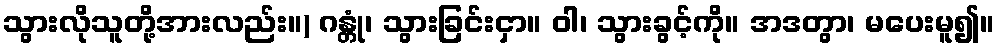
သွားလိုသူတို့အားလည်း။) ဂန္တုံ၊ သွားခြင်းငှာ။ ဝါ၊ သွားခွင့်ကို။ အဒတွာ၊ မပေးမူ၍။